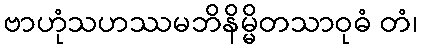
ဗာဟုံသဟဿမဘိနိမ္မိတသာဝုဓံ တံ၊